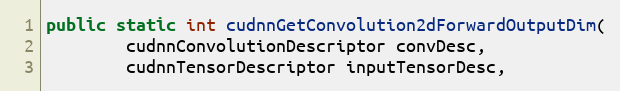
Language: Java
public static int cudnnGetConvolution2dForwardOutputDim(
        cudnnConvolutionDescriptor convDesc,
        cudnnTensorDescriptor inputTensorDesc,